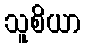
သူစိယာ